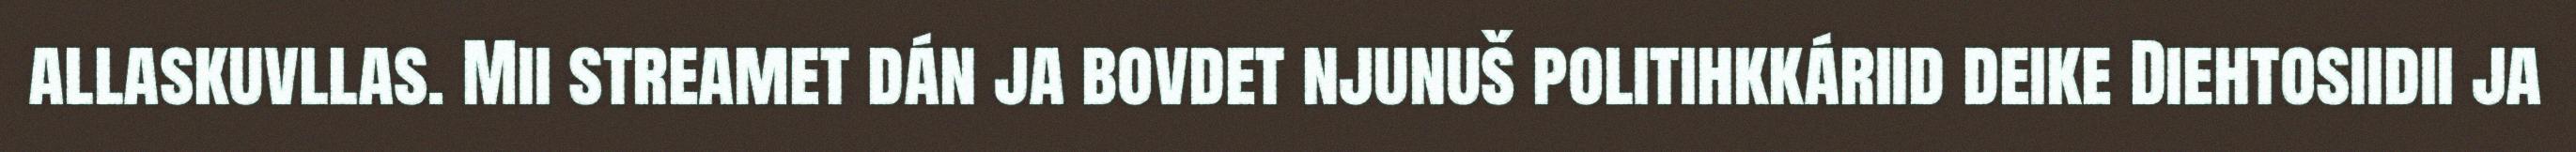
allaskuvllas. Mii streamet dán ja bovdet njunuš politihkkáriid deike Diehtosiidii ja